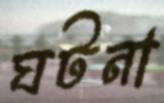
ঘটনা